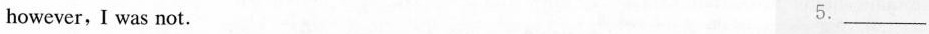
however,I was not. 5.___